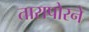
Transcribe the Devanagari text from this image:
तारापोरने